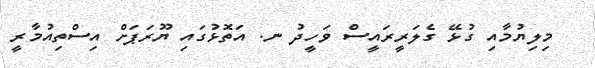
މިލިޔުމާއި ގުޅޭ ގެލަރީރައީސް ވަހީދު ނ. އަތޮޅުގައި ޔޫރަޕަށް އިސްތިއުމާރީ